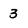
Character: 3